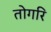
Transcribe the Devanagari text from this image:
तोगरि